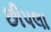
છીપલા